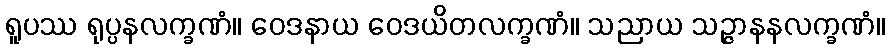
ရူပဿ ရုပ္ပနလက္ခဏံ။ ဝေဒနာယ ဝေဒယိတလက္ခဏံ။ သညာယ သဉ္ဇာနနလက္ခဏံ။